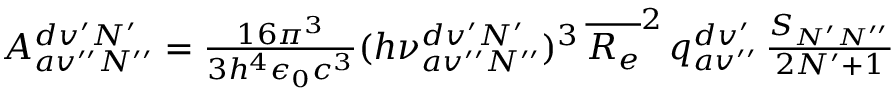
\begin{array} { r } { A _ { a v ^ { \prime \prime } N ^ { \prime \prime } } ^ { d v ^ { \prime } N ^ { \prime } } = \frac { 1 6 \pi ^ { 3 } } { 3 h ^ { 4 } \epsilon _ { 0 } c ^ { 3 } } ( h \nu _ { a v ^ { \prime \prime } N ^ { \prime \prime } } ^ { d v ^ { \prime } N ^ { \prime } } ) ^ { 3 } \, \overline { { R _ { e } } } ^ { 2 } \, q _ { a v ^ { \prime \prime } } ^ { d v ^ { \prime } } \, \frac { S _ { N ^ { \prime } N ^ { \prime \prime } } } { 2 N ^ { \prime } + 1 } } \end{array}